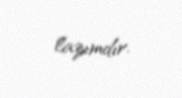
lazımdır.